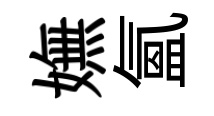
嫵氳